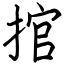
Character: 捾